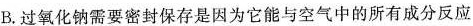
B.过氧化钠需要密封保存是因为它能与空气中的所有成分反应